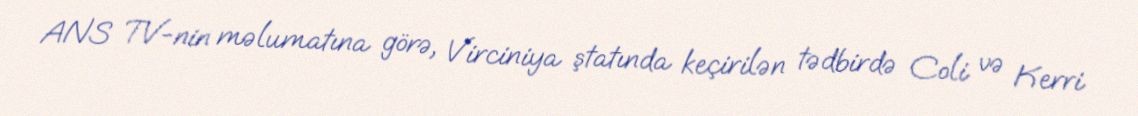
ANS TV-nin məlumatına görə, Virciniya ştatında keçirilən tədbirdə Coli və Kerri